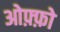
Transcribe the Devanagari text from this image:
ओफ़्फ़ो